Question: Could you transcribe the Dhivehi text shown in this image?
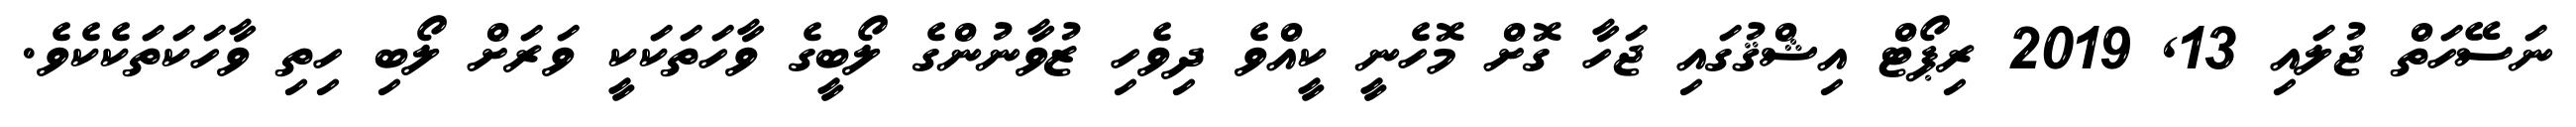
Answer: ނަސޭހަތް ޖުލައި 13, 2019 ރިޕޯޓް އިޝްޤުގައި ޖަހާ ގޮށް މޮހެނީ ކީއްވެ ދިވެހި ޒުވާނުންގެ ލޯބީގެ ވާހަތަކަކީ ވަރަށް ލޯބި ހިތި ވާހަކަތަކެކެވެ.